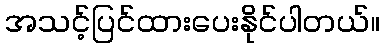
အသင့်ပြင်ထားပေးနိုင်ပါတယ်။